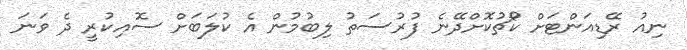
ނިއު ރޭޑިއަންޓަށް ކޯޗުކޮށްދޭނެ ފުރުސަތު ލިބުމުން އެ ކުލަބަށް ސޮއިކުރީ ދެ ވަނަ